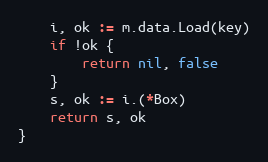
Language: Go
	i, ok := m.data.Load(key)
	if !ok {
		return nil, false
	}
	s, ok := i.(*Box)
	return s, ok
}